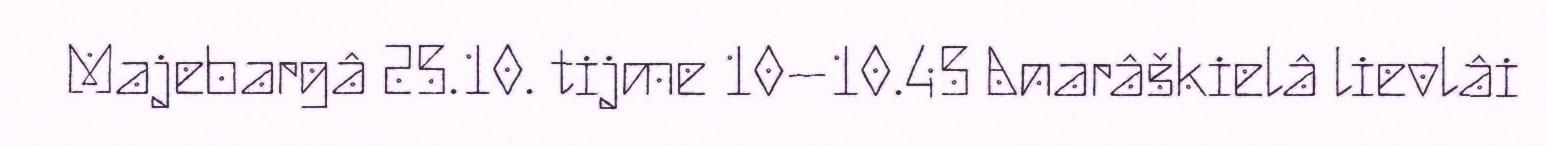
Majebargâ 25.10. tijme 10–10.45 Anarâškielâ lievlâi